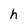
Character: h